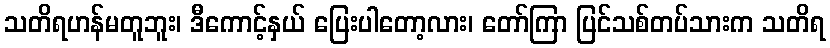
သတိရဟန်မတူဘူး၊ ဒီကောင့်နှယ် ပြေးပါတော့လား၊ တော်ကြာ ပြင်သစ်တပ်သားက သတိရ